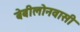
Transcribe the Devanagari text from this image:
बेबीलोनवासी